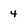
Character: 4